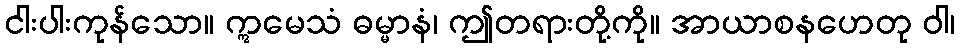
ငါးပါးကုန်သော။ ဣမေသံ ဓမ္မာနံ၊ ဤတရားတို့ကို။ အာယာစနဟေတု ဝါ၊